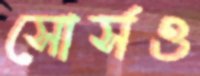
সোর্সও